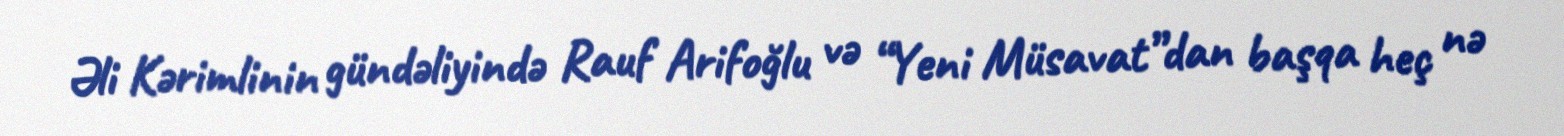
Əli Kərimlinin gündəliyində Rauf Arifoğlu və “Yeni Müsavat”dan başqa heç nə